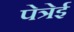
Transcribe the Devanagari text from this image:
पेत्रेई